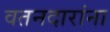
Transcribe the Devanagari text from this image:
वतनदारांना